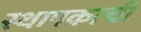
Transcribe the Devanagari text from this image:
स्थापकाची